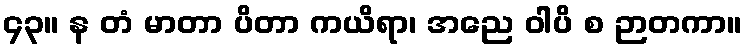
၄၃။ န တံ မာတာ ပိတာ ကယိရာ၊ အညေ ဝါပိ စ ဉာတကာ။